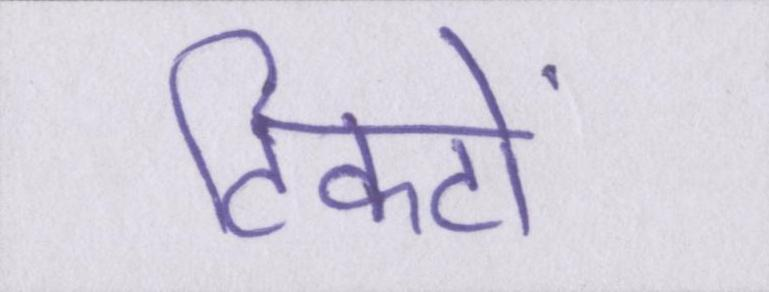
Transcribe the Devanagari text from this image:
टिकटों